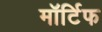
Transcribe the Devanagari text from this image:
मॉर्टिफ